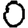
Digit: 0